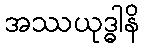
အဿယုဒ္ဓါနိ